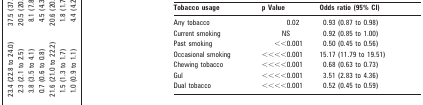
<table><thead><tr><td><b>Tobacco usage</b></td><td><b>p Value</b></td><td><b>Odds ratio (95% CI)</b></td></tr></thead><tbody><tr><td>Any tobacco</td><td>0.02</td><td>0.93 (0.87 to 0.98)</td></tr><tr><td>Current smoking</td><td>NS</td><td>0.92 (0.85 to 1.00)</td></tr><tr><td>Past smoking</td><td>&lt;&lt;0.001</td><td>0.50 (0.45 to 0.56)</td></tr><tr><td>Occasional smoking</td><td>&lt;&lt;&lt;&lt;0.001</td><td>15.17 (11.79 to 19.51)</td></tr><tr><td>Chewing tobacco</td><td>&lt;&lt;&lt;&lt;0.001</td><td>0.68 (0.63 to 0.73)</td></tr><tr><td>Gul</td><td>&lt;&lt;&lt;&lt;0.001</td><td>3.51 (2.83 to 4.36)</td></tr><tr><td>Dual tobacco</td><td>&lt;&lt;&lt;&lt;0.001</td><td>0.52 (0.45 to 0.59)</td></tr></tbody></table>